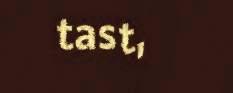
tast,